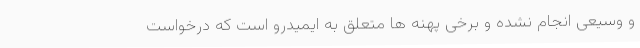
و وسیعی انجام نشده و برخی پهنه ها متعلق به ایمیدرو است که درخواست